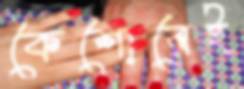
কৈশোরেই